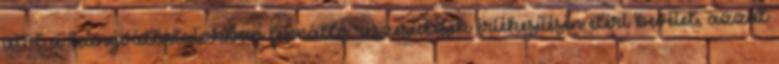
alól a leányvállalatokban fennálló részesedések értékesítésén elért bevétel, azzal